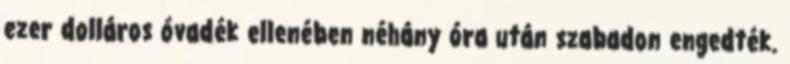
ezer dolláros óvadék ellenében néhány óra után szabadon engedték.